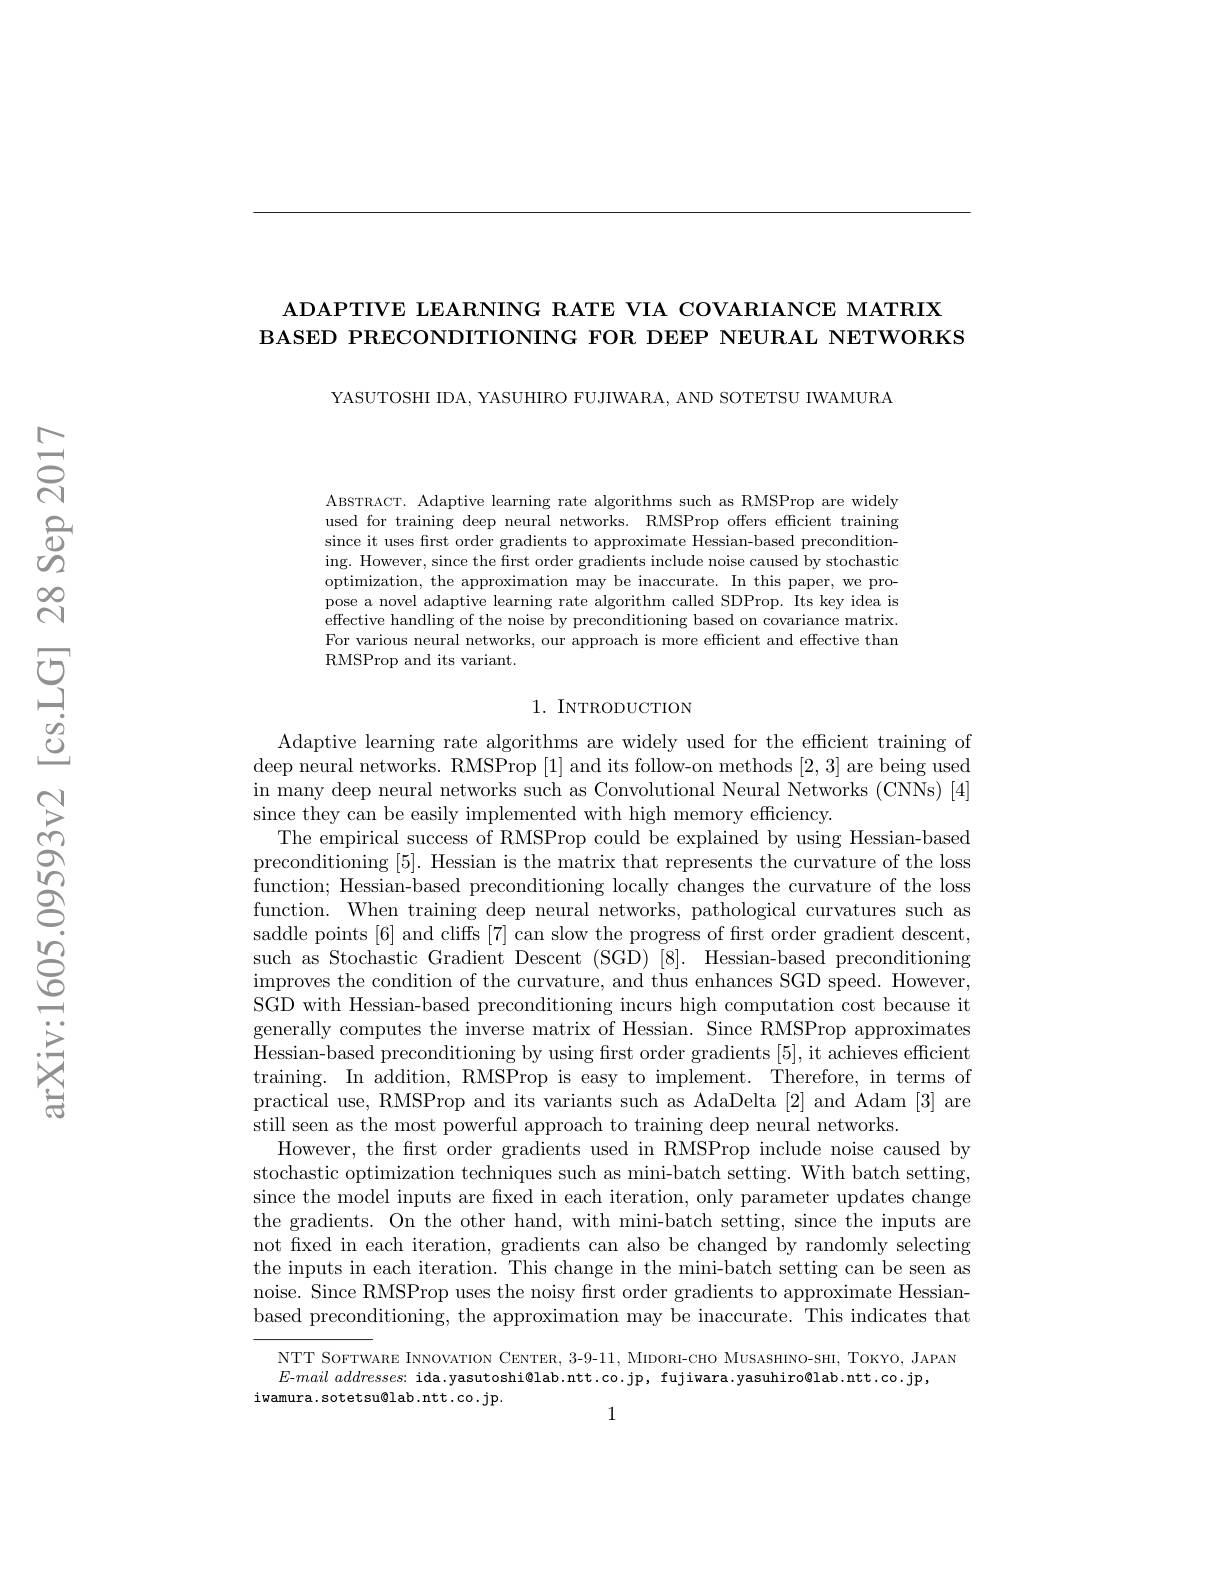
### ADAPTIVE LEARNING RATE VIA COVARIANCE MATRIX BASED PRECONDITIONING FOR DEEP NEURAL NETWORKS

YASUTOSHI IDA, YASUHIRO FUJIWARA, AND SOTETSU IWAMURA

ABSTRACT. Adaptive learning rate algorithms such as RMSProp are widely used for training deep neural networks. RMSProp offers efficient training since it uses frst order gradients to approximate Hessian-based preconditioning. However, since the first order gradients include noise caused by stochastic optimization, the approximation may be inaccurate. In this paper, we propose a novel adaptive learning rate algorithm called SDProp. Its key idea is effective handling of the noise by preconditioning based on covariance matrix. For various neural networks, our approach is more efficient and effective than RMSProp and its variant.

### 1. INTRODUCTION

Adaptive learning rate algorithms are widely used for the efficient training of deep neural networks. RMSProp [1] and its follow-on methods [2,3] are being used in many deep neural networks such as Convolutional Neural Networks (CNNs) [4] since they can be easily implemented with high memory efficiency.
The empirical success of RMSProp could be explained by using Hessian-based preconditioning [5]. Hessian is the matrix that represents the curvature of the loss function; Hessian-based preconditioning locally changes the curvature of the loss function. When training deep neural networks, pathological curvatures such as saddle points [6] and cliffs [7] can slow the progress of first order gradient descent, such as Stochastic Gradient Descent (SGD) [8]. Hessian-based preconditioning improves the condition of the curvature, and thus enhances SGD speed. However, SGD with Hessian-based preconditioning incurs high computation cost because it generally computes the inverse matrix of Hessian. Since RMSProp approximates Hessian-based preconditioning by using first order gradients [5], it achieves efficient training. In addition, RMSProp is easy to implement. Therefore, in terms of practical use, RMSProp and its variants such as AdaDelta [2] and Adam [3] are still seen as the most powerful approach to training deep neural networks.
However, the first order gradients used in RMSProp include noise caused by stochastic optimization techniques such as mini-batch setting. With batch setting, since the model inputs are fixed in each iteration, only parameter updates change the gradients. On the other hand, with mini-batch setting, since the inputs are not fxed in each iteration, gradients can also be changed by randomly selecting the inputs in each iteration. This change in the mini-batch setting can be seen as noise. Since RMSProp uses the noisy first order gradients to approximate Hessianbased preconditioning, the approximation may be inaccurate. This indicates that
NTT SoFTWARE INNOVATION CENTER, 3-9-11, MIDORI-CHO MUSASHINO-SHI, TOKYO, JAPAN

$E$-mail $addresses:$ ida.yasutoshi@lab.ntt.co.jp, fujiwara.yasuhiro@lab.ntt.co.jp,
iwamura.sotetsu@lab.ntt.co.jp.
1